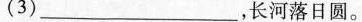
(3)___，长河落日圆。